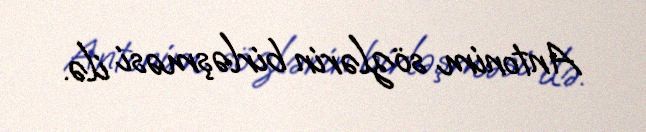
Antonim sözlərin birləşməsi ilə.